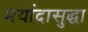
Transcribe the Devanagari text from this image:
मर्यादासुद्धा